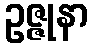
ဥဇ္ဇုနာ